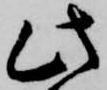
此